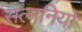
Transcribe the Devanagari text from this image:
सलानियों